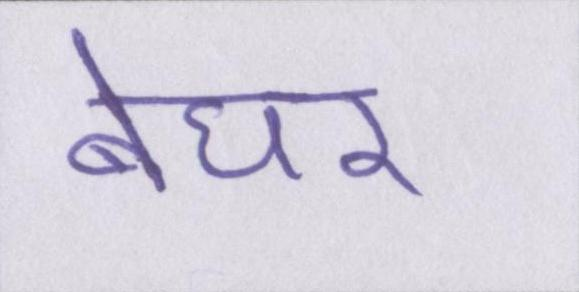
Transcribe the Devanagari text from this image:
बेघर